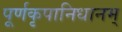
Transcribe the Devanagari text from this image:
पूर्णकृपानिधानम्